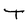
Character: T